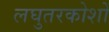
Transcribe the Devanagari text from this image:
लघुतरकोशों